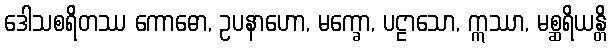
ဒေါသစရိတဿ ကောဓော, ဥပနာဟော, မက္ခော, ပဠာသော, ဣဿာ, မစ္ဆရိယန္တိ